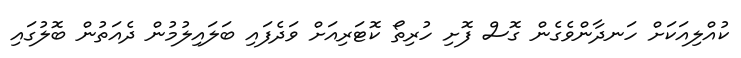
ކުއްލިއަކަށް ހަނދާންވެގެން ގޮސް ފޮށި ހުރިތޯ ކޮޓަރިއަށް ވަދެފައި ބަލައިލުމުން ދެއަތުން ބޮލުގައި